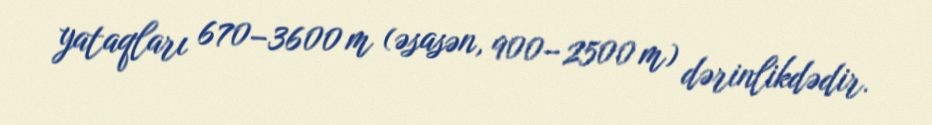
yataqları 670–3600 m (əsasən, 900– 2500 m) dərinlikdədir.